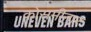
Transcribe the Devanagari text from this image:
कोसमीनार